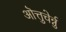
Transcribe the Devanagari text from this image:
ऒत्तुचेर्न्नु